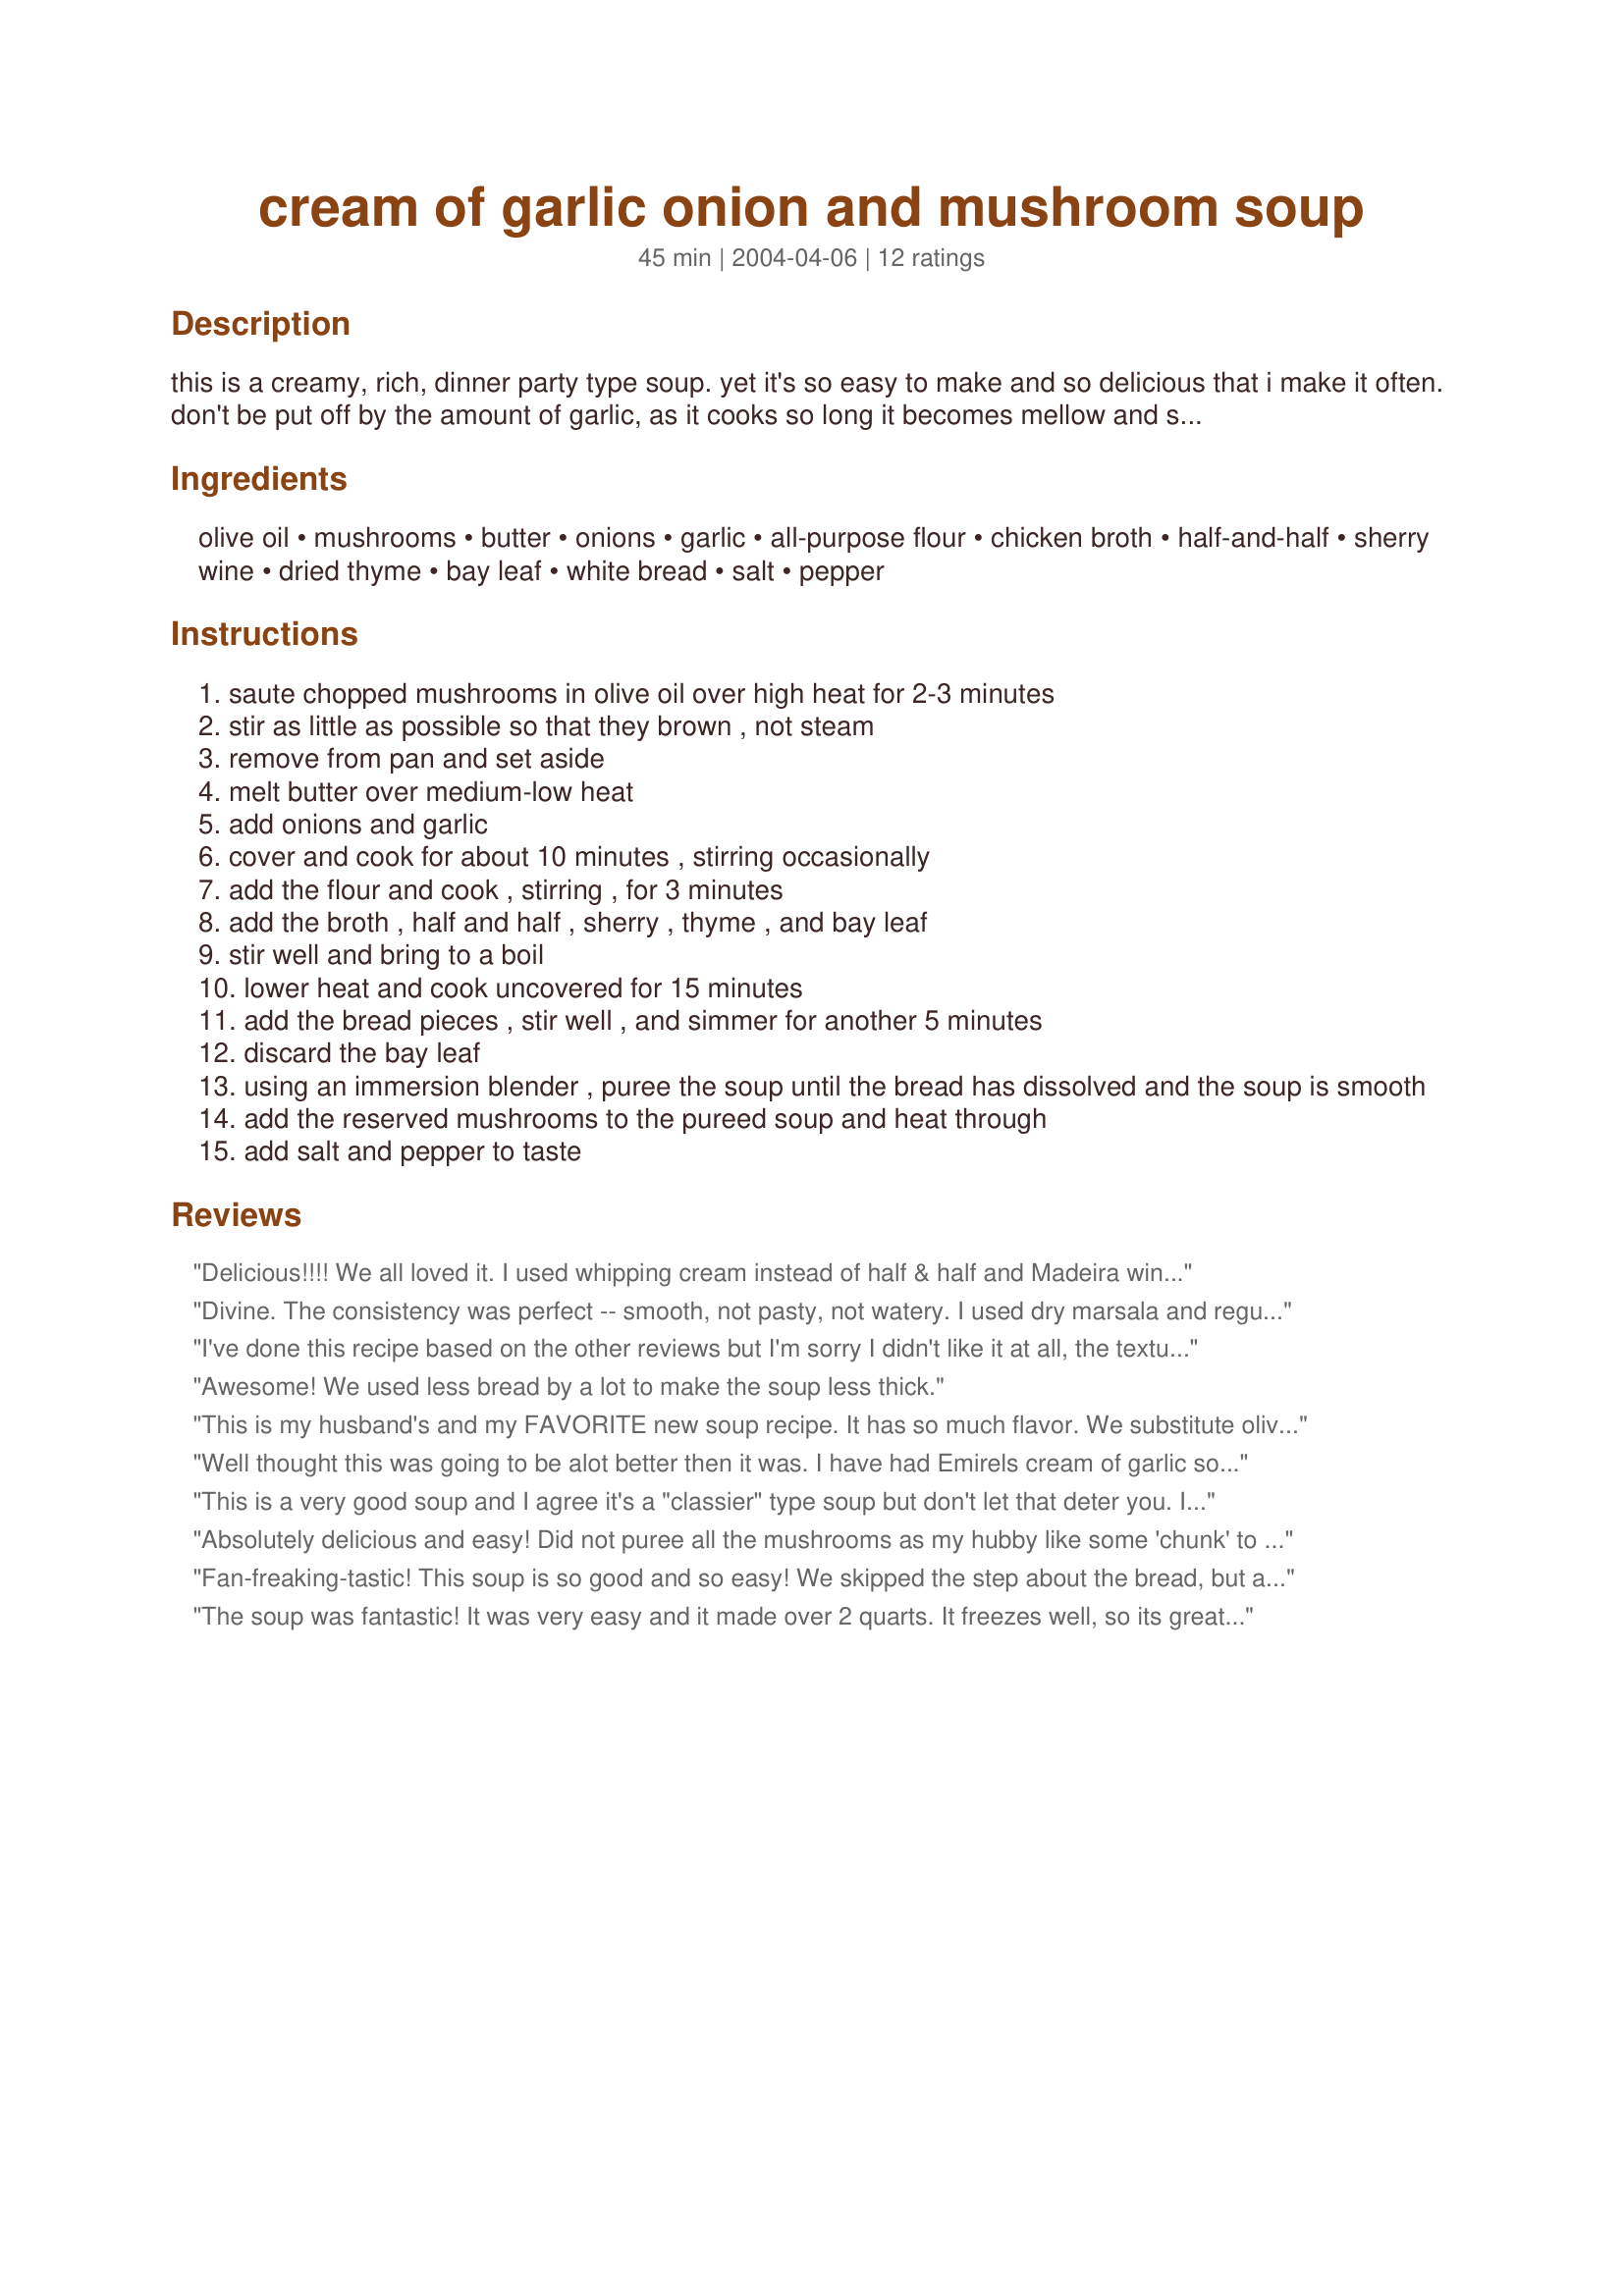
cream of garlic onion and mushroom soup
Preparation time: 45 minutes

this is a creamy, rich, dinner party type soup. yet it's so easy to make and so delicious that i make it often. don't be put off by the amount of garlic, as it cooks so long it becomes mellow and smooth tasting. i got the original recipe for this from the epicurious website, but have made several changes and additions.

Ingredients:
olive oil, mushrooms, butter, onions, garlic, all-purpose flour, chicken broth, half-and-half, sherry wine, dried thyme, bay leaf, white bread, salt, pepper

Steps:
saute chopped mushrooms in olive oil over high heat for 2-3 minutes
stir as little as possible so that they brown , not steam
remove from pan and set aside
melt butter over medium-low heat
add onions and garlic
cover and cook for about 10 minutes , stirring occasionally
add the flour and cook , stirring , for 3 minutes
add the broth , half and half , sherry , thyme , and bay leaf
stir well and bring to a boil
lower heat and cook uncovered for 15 minutes
add the bread pieces , stir well , and simmer for another 5 minutes
discard the bay leaf
using an immersion blender , puree the soup until the bread has dissolved and the soup is smooth
add the reserved mushrooms to the pureed soup and heat through
add salt and pepper to taste

Reviews:
Delicious!!!! We all loved it. I used whipping cream instead of half & half and Madeira wine. I have enough mushrooms to make another pot so I will be making it again right away.
Divine. The consistency was perfect -- smooth, not pasty, not watery. I used dry marsala and regular old white bread. Next time I will probably add a couple more mushrooms. Thanks.
I've done this recipe based on the other reviews but I'm sorry I didn't like it at all, the texture was like a pudding, and it's like it's missing something in the flavor, can't tell what... I tried to reheat the unused portion the next day, it was awful.....
Awesome! We used less bread by a lot to make the soup less thick.
This is my husband's and my FAVORITE new soup recipe. It has so much flavor. We substitute olive oil for the butter to cut down on the cholesterol, and even sub regular milk for the half-and-half with no ill effects. It's so scrumptious. We use an immersion blender and it works like a champ. Awesome recipe!
Well thought this was going to be alot better then it was. I have had Emirels cream of garlic soup and that so surpasses this I would not waste my time again.
This is a very good soup and I agree it's a "classier" type soup but don't let that deter you. It's simple and It's good. I didn't find the soup thick at all but perhaps I did something wrong? Anyway, It's a soup that is very good as is, but once I made and tasted it I thought this was a great soup for additions when you were in a mood for something more.."stick to your ribs". I immediately thought I'd like to try this soup with some added cooked chicken, wild rice mixture and carrots. The other plus for me is my non-eating veggie hubby had no clue that there were mushrooms (which he says he hates) in the recipe. I just pureed the mushrooms alont with everything else and it still tasted great. Try it.
Absolutely delicious and easy! Did not puree all the mushrooms as my hubby like some 'chunk' to his mushrooms.
Fan-freaking-tastic! This soup is so good and so easy! We skipped the step about the bread, but added three cups of cooked rice before serving. We also sprinkled some feta on the soup before serving. Delicious! And it made tons! :D
The soup was fantastic! It was very easy and it made over 2 quarts. It freezes well, so its great to use during your busy work week. I substituted light cream in place of the half-and-half because that was all I had. I served bread on the side instead of using it within and I added canned, diced potatoes to make it last longer and to make it more hearty. Thank you for posting!
I enjoyed this immensely, but my husband couldn't stop raving about it (and while he's very supportive of my cooking experiments, he seldom raves. I cut the recipe in half and it worked just fine. I had my doubts about this, because I really wanted a mushroom soup, and couldn't imagine how there'd be that much mushroom flavor -- but was I ever wrong! For the bread, I used a day-old end of a baguette; it may have been the wrong choice, because it took a LOT of work with the immersion blender to get it to blend in, and the soup was never completely smooth. But we liked it that way, liked the texture of it. An utterly delicious soup, full of mushroom and mild garlic flavor -- we'll definitely have this one again. Thanks so much for posting it!
Wonderful Soup...my family thought they were back in Germany. I didn't use Half and Half but whole milk with a spoon full of sourcream. Dry red wine 1/4 cup. Only had white Mushrooms, but will try with portobellos next time because I just love them. I didn't puree because I added the mushroom to soon, but I whisked the soup to break up the bread. I thought the soup was wonderful will make it again and again.
